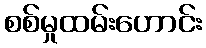
စစ်မှုထမ်းဟောင်း